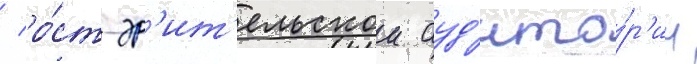
/ ро́ст зр'ит'ельскои ауд'ито́р'ии